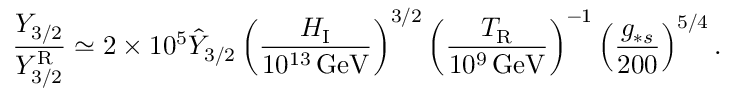
\frac { Y _ { 3 / 2 } } { Y _ { 3 / 2 } ^ { \mathrm { R } } } \simeq 2 \times 1 0 ^ { 5 } \hat { Y } _ { 3 / 2 } \left( \frac { H _ { \mathrm { I } } } { 1 0 ^ { 1 3 } \, \mathrm { G e V } } \right) ^ { 3 / 2 } \left( \frac { T _ { \mathrm { R } } } { 1 0 ^ { 9 } \, \mathrm { G e V } } \right) ^ { - 1 } \left( \frac { g _ { \ast s } } { 2 0 0 } \right) ^ { 5 / 4 } .